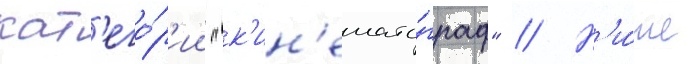
кат'его́р'ии "к'ин'емато́граф" // Н'и́же